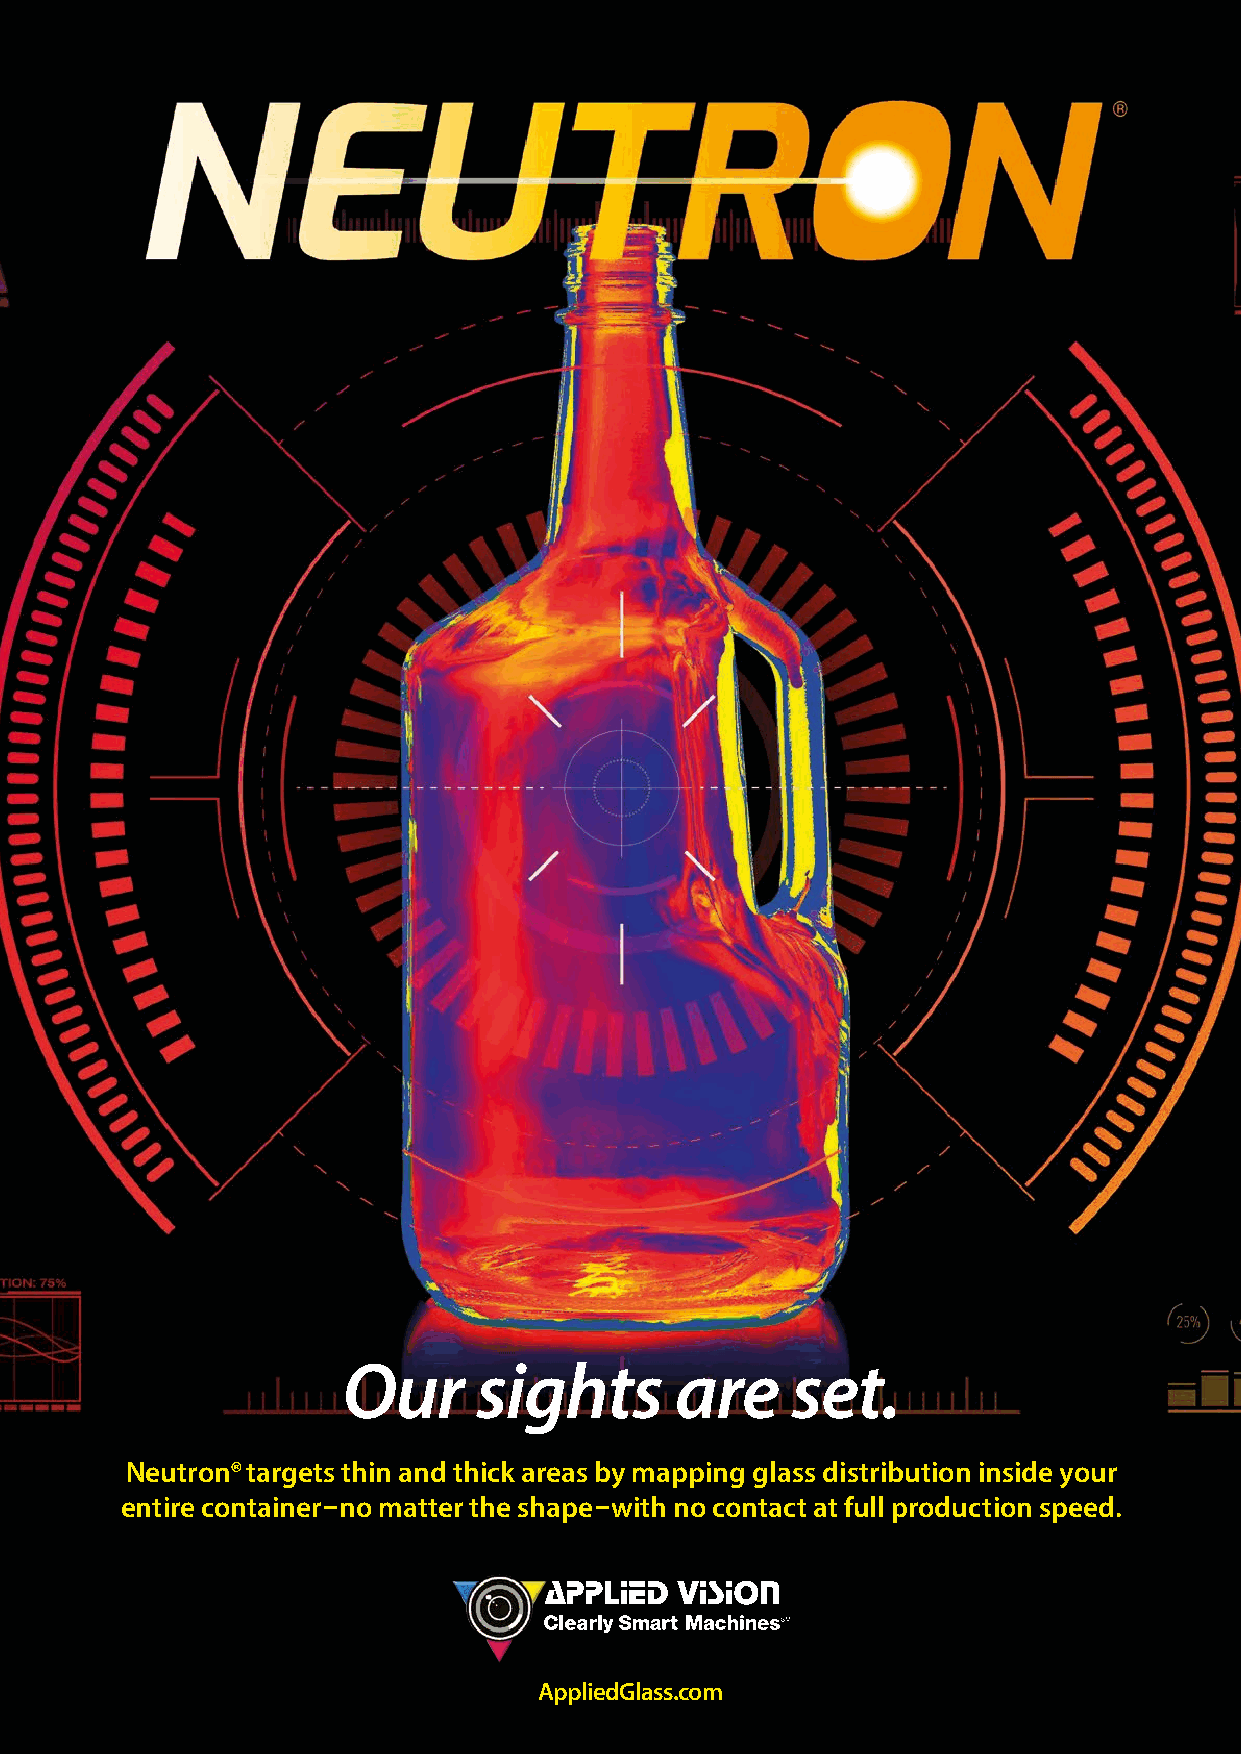
Our     sights        are    set.
 Neutron® targets thin and thick areas by mapping glass distribution inside your
 entire container – no matter the shape– with no contact at full production speed.
 AppliedGlass.com
 AApppplliieeddVViissiioonn__GGllaassssWWoorrllddwwiiddee__OOcctt--22002200--FFuullll PPaaggee..iinndddd 11 1100//55//2200 1111::0011 AAMM